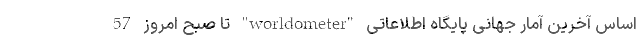
اساس آخرین آمار جهانی پایگاه اطلاعاتی "worldometer" تا صبح امروز 57